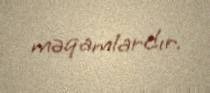
məqamlardır.